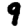
Digit: 9